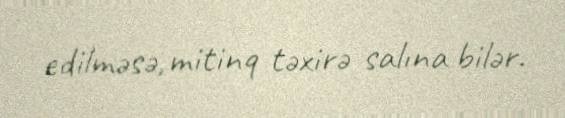
edilməsə, mitinq təxirə salına bilər.